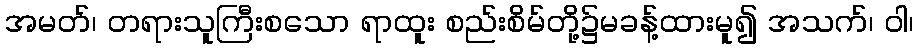
အမတ်၊ တရားသူကြီးစသော ရာထူး စည်းစိမ်တို့၌မခန့်ထားမူ၍ အသက်၊ ဝါ၊